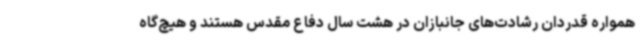
همواره قدردان رشادت‌های جانبازان در هشت سال دفاع مقدس هستند و هیچ‌گاه